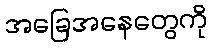
အခြေအနေတွေကို